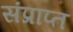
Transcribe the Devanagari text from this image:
संप्राप्त